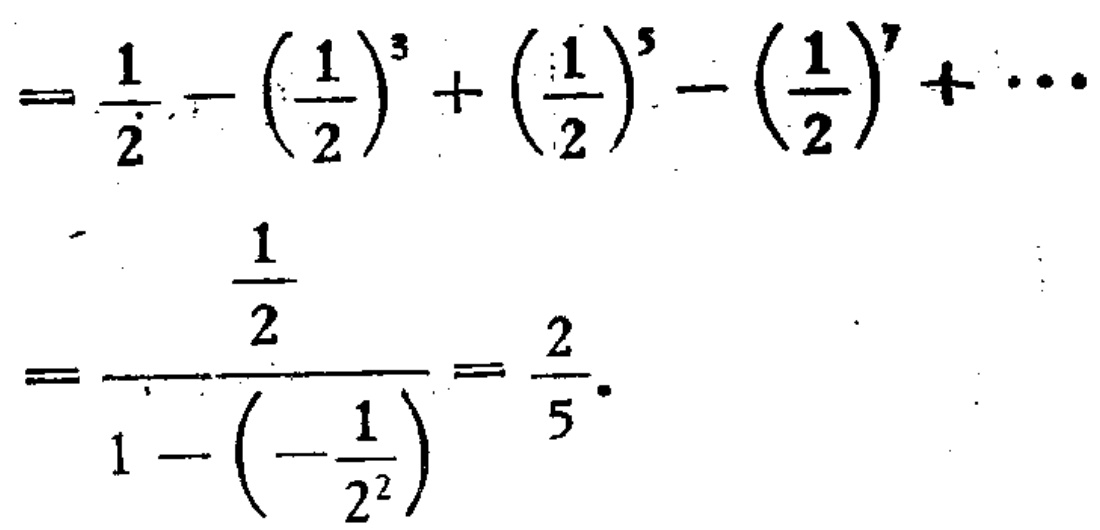
\[
=\frac{1}{2}-\left(\frac{1}{2}\right)^{3}+\left(\frac{1}{2}\right)^{5}-\left(\frac{1}{2}\right)^{7}+\cdots
\]
\[
=\frac{\frac{1}{2}}{1-\left(-\frac{1}{2^{2}}\right)}=\frac{2}{5}
\]